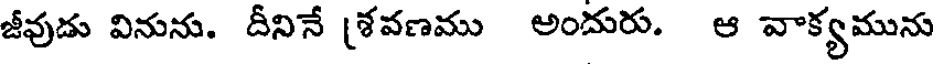
జీవుడు వినును. దీనినే [శవణము అందురు. ఆ వాక్యమును